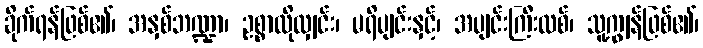
ခိုက်ရန်ဖြစ်၏၊ အနှစ်ဘဏ္ဍာ၊ ဥစ္စာလိုလျှင်း၊ မရိပျင်းနှင့်၊ အပျင်းကြီးလစ်၊ သူ့ကျွန်ဖြစ်၏၊